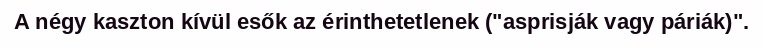
A négy kaszton kívül esők az érinthetetlenek ("asprisják vagy páriák)".